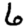
Digit: 6